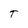
Character: T